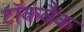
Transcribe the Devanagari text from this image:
टॉकबैक